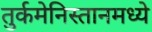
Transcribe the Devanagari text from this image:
तुर्कमेनिस्तानमध्ये